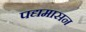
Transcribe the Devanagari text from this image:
पद्यमासन